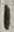
Text: 1